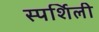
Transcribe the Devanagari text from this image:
स्पर्शिली